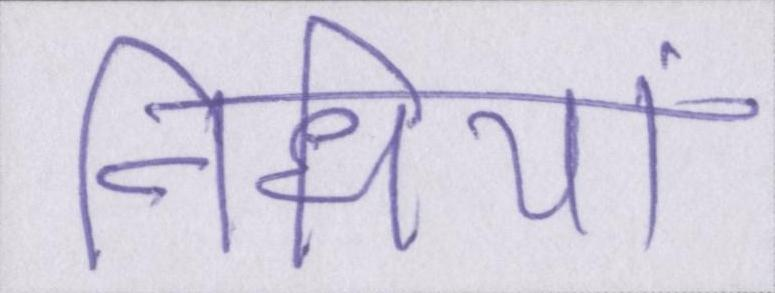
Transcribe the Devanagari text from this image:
निधियां